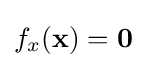
f_{x}(\mathbf {x} )=\mathbf {0}